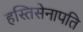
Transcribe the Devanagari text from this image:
हस्तिसेनापति